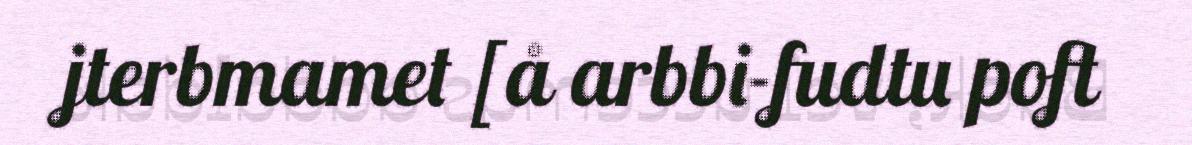
jterbmamet [å arbbi-fudtu poft